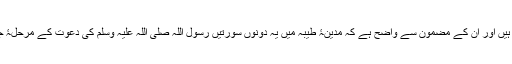
دونوں کے مخاطب اہل ایمان ہیں اور اِن کے مضمون سے واضح ہے کہ مدینۂ طیبہ میں یہ دونوں سورتیں رسول اللہ صلی اللہ علیہ وسلم کی دعوت کے مرحلۂ جزا و سزا میں نازل ہوئی ہیں۔